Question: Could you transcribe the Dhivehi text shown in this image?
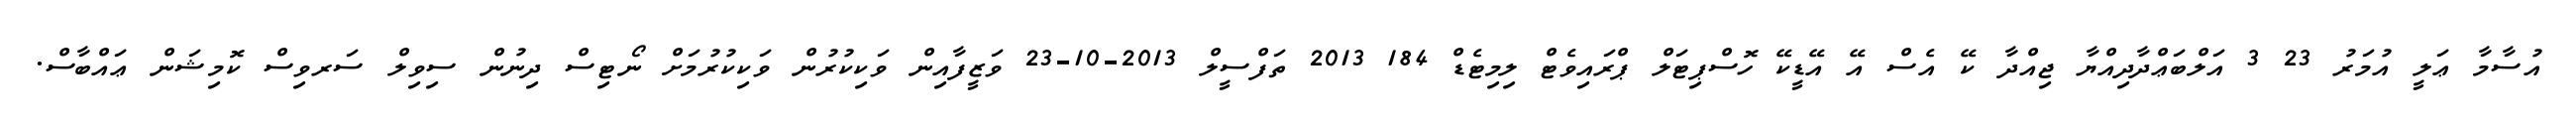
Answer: އުސާމާ ޢަލީ އުމަރު 23 3 އަލްބަޢްދާދިއްޔާ ޖިއްދާ ކޭ އެސް އޭ އޭޑީކޭ ހޮސްޕިޓަލް ޕްރައިވެޓް ލިމިޓެޑް 184 2013 ތަފްސީލް 2013-10-23 ވަޒީފާއިން ވަކިކުރުން ވަކިކުރުމަށް ނޯޓިސް ދިނުން ސިވިލް ސަރވިސް ކޮމިޝަން ޢައްބާސް.